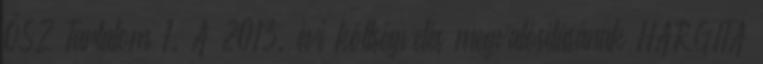
ŐSZ Tartalom 1. A 2013. évi költségvetés megvalósításának HARGITA